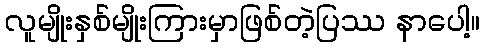
လူမျိုးနှစ်မျိုးကြားမှာဖြစ်တဲ့ပြဿ နာပေါ့။